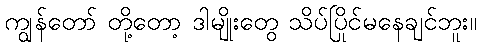
ကျွန်တော် တို့တော့ ဒါမျိုးတွေ သိပ်ပြိုင်မနေချင်ဘူး။